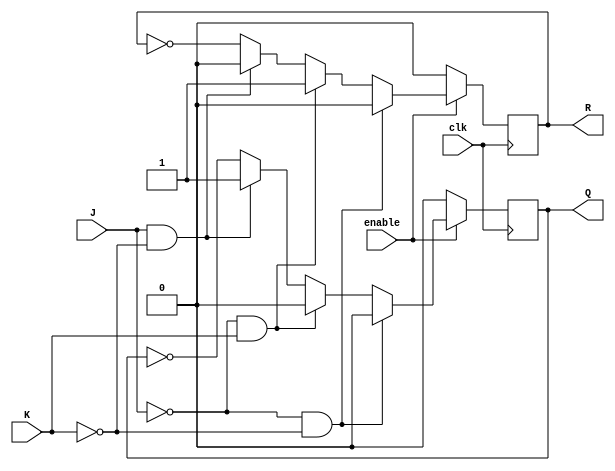
`timescale 1ns / 1ps


module JK_FF(
    input J,
    input K,
    input clk,
    input enable,
    output reg Q,
    output reg R
    );
always@(posedge clk)
begin
 if(enable)
   if((J == 0) && (K == 0)) begin
    Q <= 0;
	 R <= 0;
	end
   else if((J == 0) && (K == 1)) begin
    Q <= 0;
	 R <= 1;
	end
   else if((J == 1) && (K == 0)) begin
    Q <= 1;
	 R <= 0;
	end
   else begin
    Q <= ~Q;
	 R <= ~R;
	end
 else begin
  Q <= 0;
  R <= 0;
 end
end
endmodule